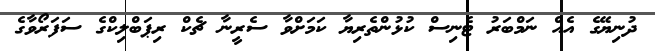
ދުނިޔޭގެ އެއް ނަމްބަރު ޓެނިސް ކުޅުންތެރިޔާ ކަމަށްވާ ސެރީނާ ޗެކް ރިޕަބްލިކްގެ ސަފަރޯވާގެ